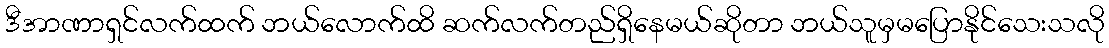
ဒီအာဏာရှင်လက်ထက် ဘယ်လောက်ထိ ဆက်လက်တည်ရှိနေမယ်ဆိုတာ ဘယ်သူမှမပြောနိုင်သေးသလို